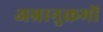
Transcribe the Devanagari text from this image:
अग्रानुक्रमों